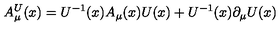
A _ { \mu } ^ { U } ( x ) = U ^ { - 1 } ( x ) A _ { \mu } ( x ) U ( x ) + U ^ { - 1 } ( x ) \partial _ { \mu } U ( x )